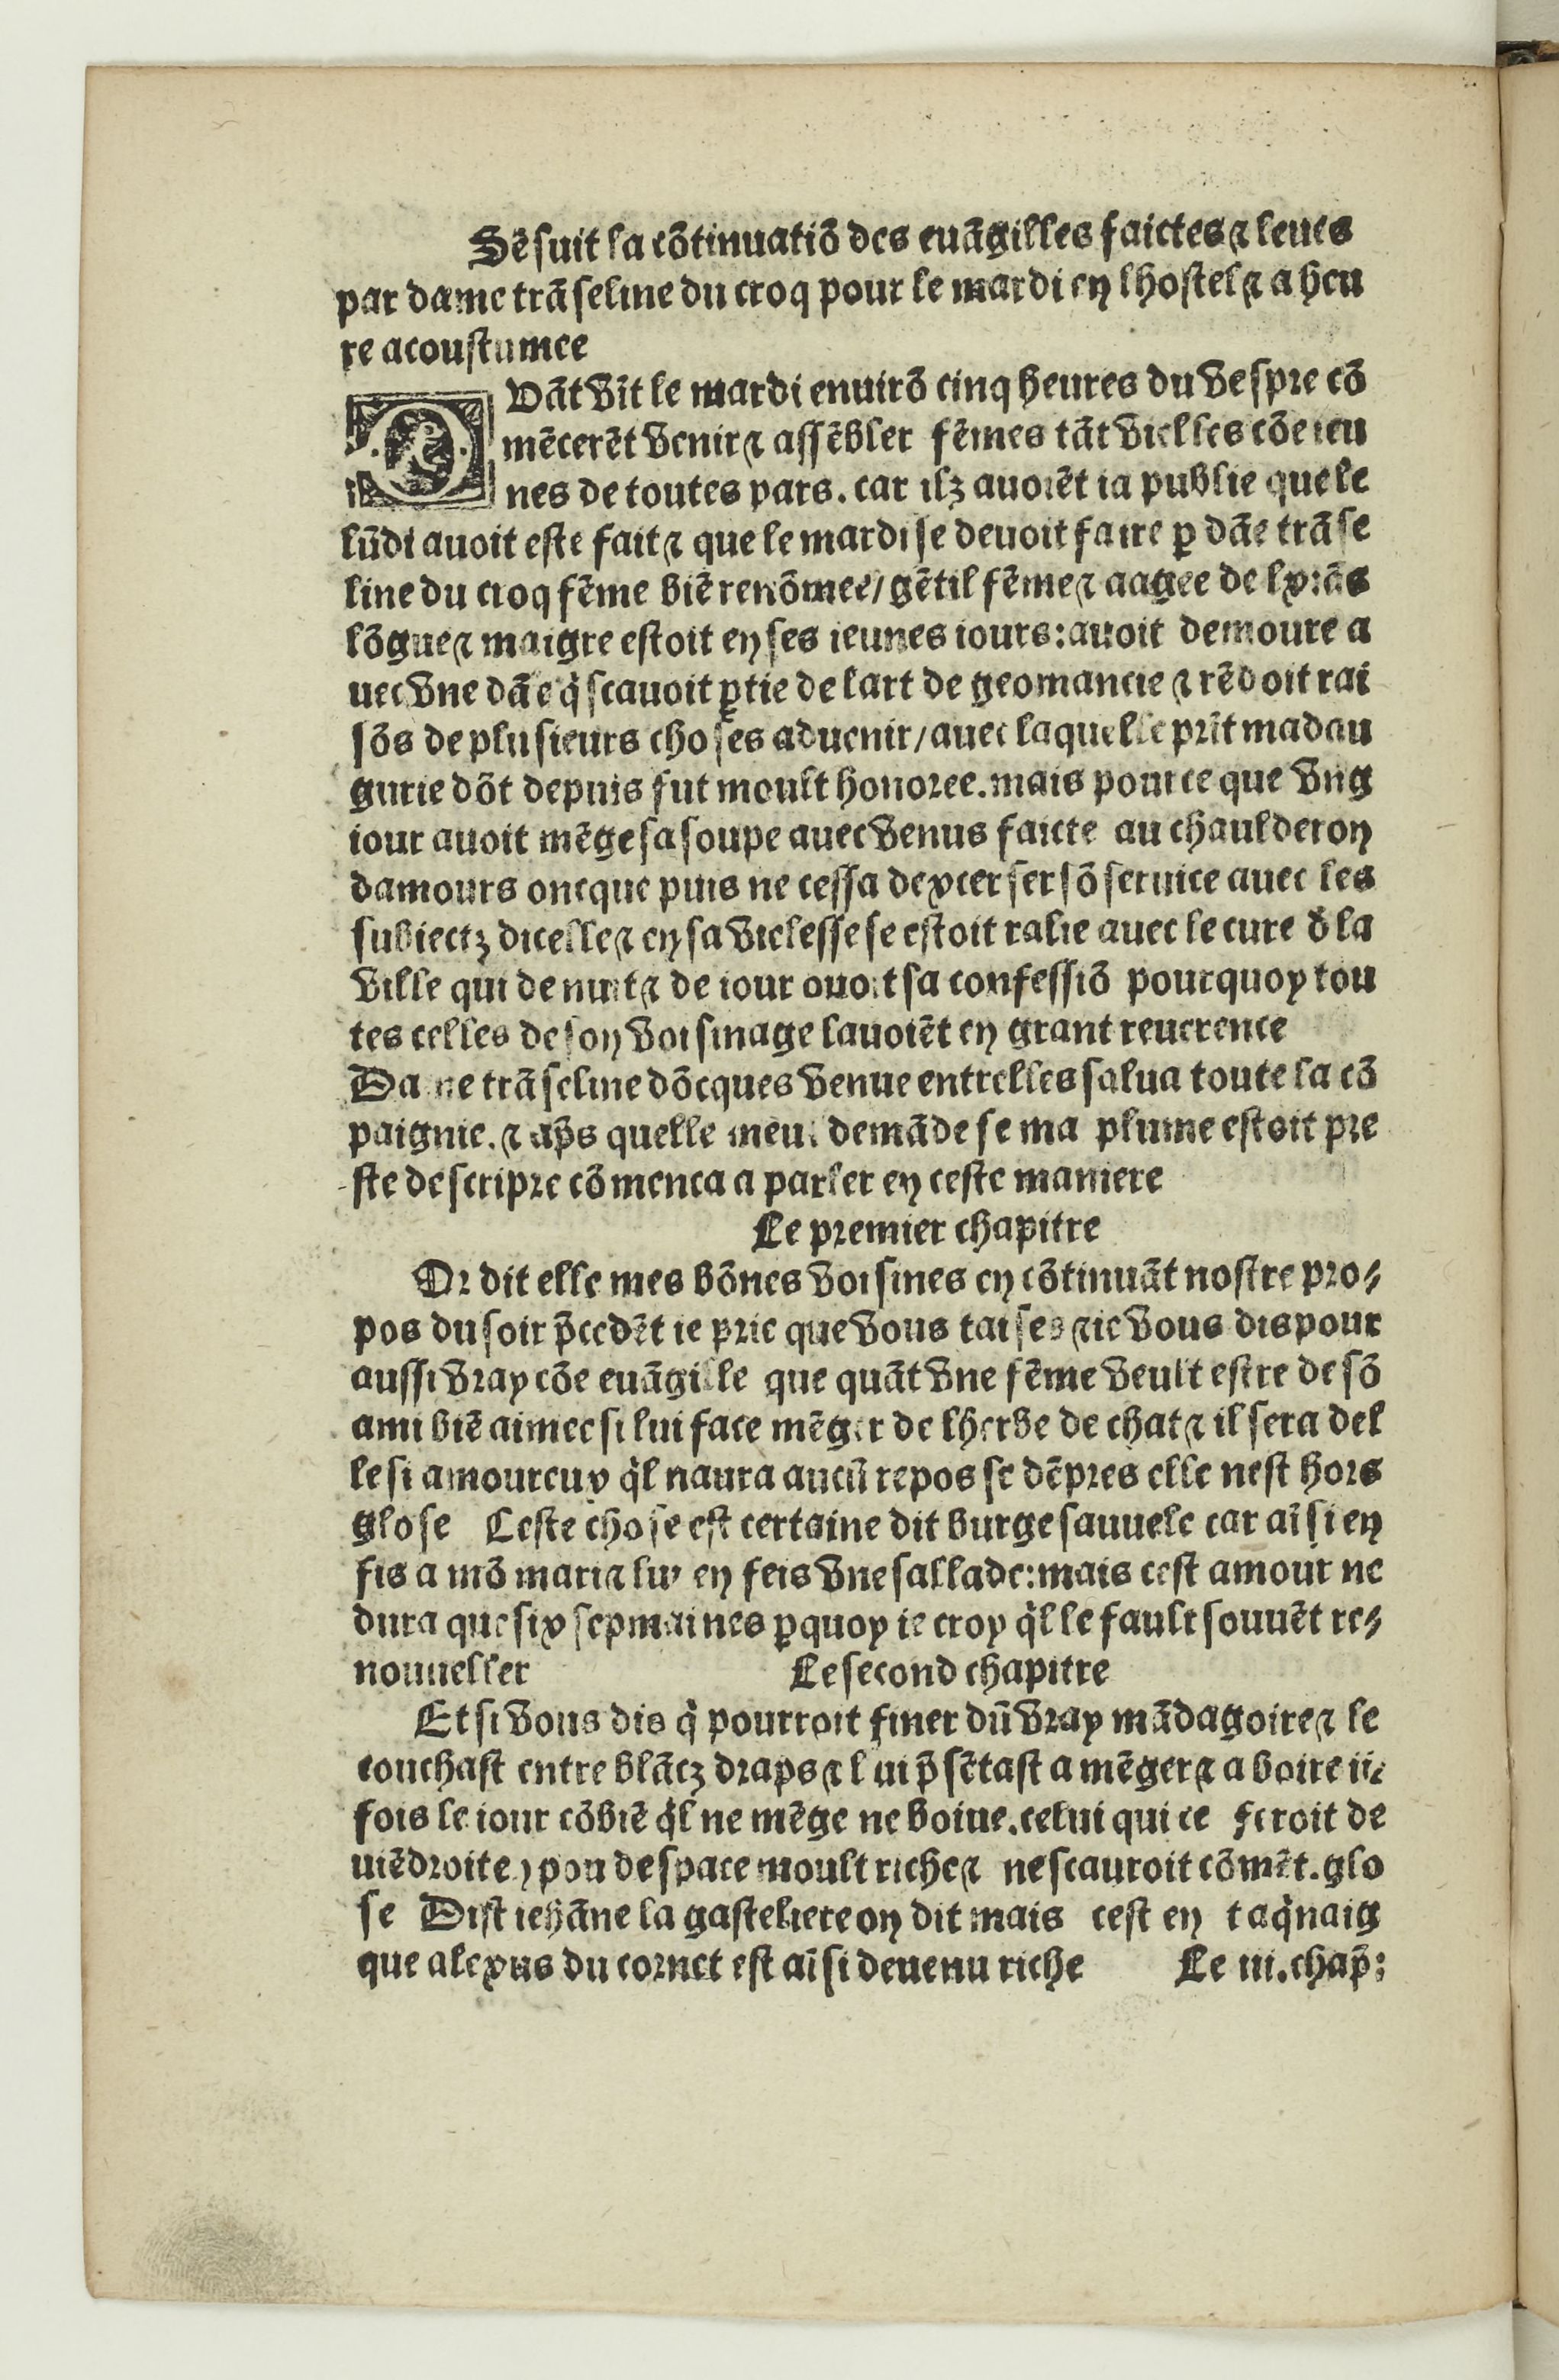
Shelfmark: Paris, BnF, Rés. Y2-733
Century: 16